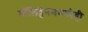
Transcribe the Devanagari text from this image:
मॉलिब्डेनममध्येही